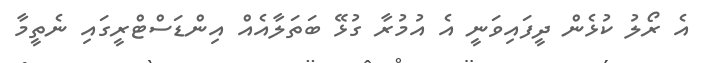
އެ ރޯލު ކުޅެން ދީފައިވަނީ އެ އުމުރާ ގުޅޭ ބަތަލާއެއް އިންޑަސްޓްރީގައި ނެތީމާ